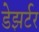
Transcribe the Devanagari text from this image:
डेझर्टर